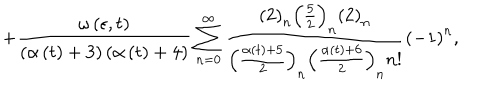
LaTeX: + \frac { \omega \left( \epsilon , t \right) } { \left( \alpha \left( t \right) + 3 \right) \left( \alpha \left( t \right) + 4 \right) } \sum _ { n = 0 } ^ { \infty } \frac { \left( 2 \right) _ { n } \left( \frac 5 2 \right) _ { n } \left( 2 \right) _ { n } } { \left( \frac { \alpha \left( t \right) + 5 } 2 \right) _ { n } \left( \frac { \alpha \left( t \right) + 6 } 2 \right) _ { n } n ! } \left( - 1 \right) ^ { n } ,